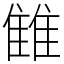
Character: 雔